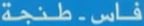
فاس-طنجة